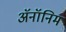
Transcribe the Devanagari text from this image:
ॲनॉनिम